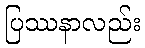
ပြဿနာလည်း